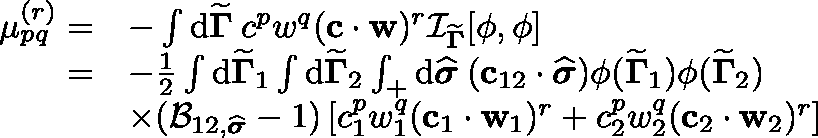
\begin{array} { r l } { \mu _ { p q } ^ { ( r ) } = } & { - \int \mathrm { d } { \widetilde { \mathbf { \Gamma } } } \medspace c ^ { p } w ^ { q } ( \mathbf { c } \cdot \mathbf { w } ) ^ { r } \mathcal { I } _ { { \widetilde { \mathbf { \Gamma } } } } [ \phi , \phi ] } \\ { = } & { - \frac { 1 } { 2 } \int \mathrm { d } { \widetilde { \mathbf { \Gamma } } } _ { 1 } \int \mathrm { d } { \widetilde { \mathbf { \Gamma } } } _ { 2 } \int _ { + } \mathrm { d } \widehat { \boldsymbol { \sigma } } \medspace ( \mathbf { c } _ { 1 2 } \cdot \widehat { \boldsymbol { \sigma } } ) \phi ( { \widetilde { \mathbf { \Gamma } } } _ { 1 } ) \phi ( { \widetilde { \mathbf { \Gamma } } } _ { 2 } ) } \\ & { \times ( \mathcal { B } _ { 1 2 , \widehat { \boldsymbol { \sigma } } } - 1 ) \left[ c _ { 1 } ^ { p } w _ { 1 } ^ { q } ( \mathbf { c } _ { 1 } \cdot \mathbf { w } _ { 1 } ) ^ { r } + c _ { 2 } ^ { p } w _ { 2 } ^ { q } ( \mathbf { c } _ { 2 } \cdot \mathbf { w } _ { 2 } ) ^ { r } \right] } \end{array}